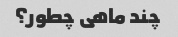
چند ماهی چطور؟